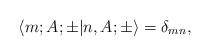
LaTeX: \begin{align*}\langle m; A;\pm |n, A; \pm \rangle = \delta_{mn},\end{align*}